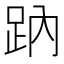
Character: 䟜